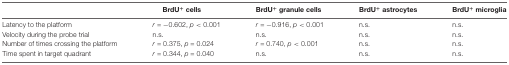
<table><thead><tr><td></td><td><b>BrdU<sup>+</sup> cells</b></td><td><b>BrdU<sup>+</sup> granule cells</b></td><td><b>BrdU<sup>+</sup> astrocytes</b></td><td><b>BrdU<sup>+</sup> microglia</b></td></tr></thead><tbody><tr><td>Latency to the platform</td><td><i>r</i> = −0.602, <i>p</i> &lt; 0.001</td><td><i>r</i> = −0.916, <i>p</i> &lt; 0.001</td><td>n.s.</td><td>n.s.</td></tr><tr><td>Velocity during the probe trial</td><td>n.s.</td><td>n.s.</td><td>n.s.</td><td>n.s.</td></tr><tr><td>Number of times crossing the platform</td><td><i>r</i> = 0.375, <i>p</i> = 0.024</td><td><i>r</i> = 0.740, <i>p</i> &lt; 0.001</td><td>n.s.</td><td>n.s.</td></tr><tr><td>Time spent in target quadrant</td><td><i>r</i> = 0.344, <i>p</i> = 0.040</td><td>n.s.</td><td>n.s.</td><td>n.s.</td></tr></tbody></table>